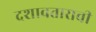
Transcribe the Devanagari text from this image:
दशावताराची